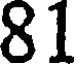
81